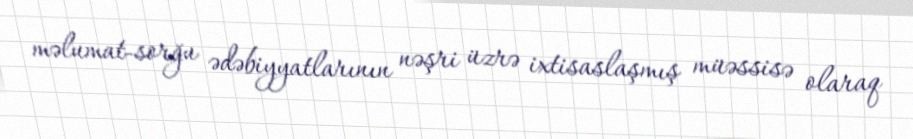
məlumat-sorğu ədəbiyyatlarının nəşri üzrə ixtisaslaşmış müəssisə olaraq